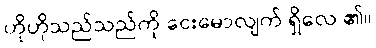
ဟိုဟိုသည်သည်ကို ငေးမောလျက် ရှိလေ ၏။